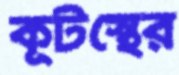
কূটস্থের